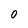
Character: 0